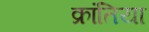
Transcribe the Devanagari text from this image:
क्रांतिया